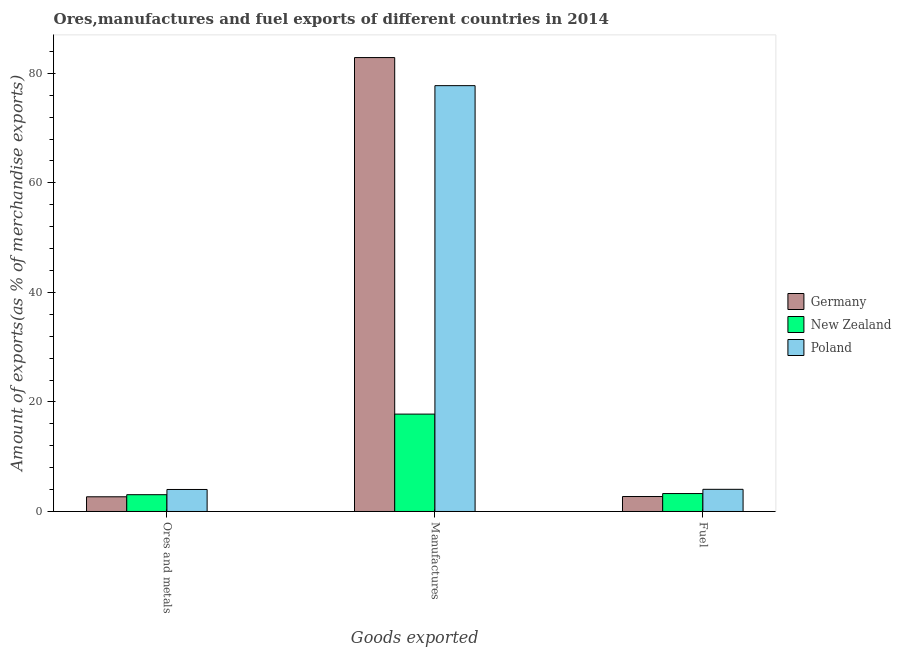
| Goods exported | Germany | New Zealand | Poland |
 | --- | --- | --- | --- |
 | Ores and metals | 2.68 | 3.07 | 4.02 |
 | Manufactures | 82.9 | 17.8 | 77.7 |
 | Fuel | 2.73 | 3.27 | 4.05 |